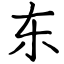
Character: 东